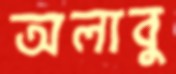
অলাবু